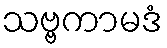
သဗ္ဗကာမဒံ